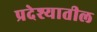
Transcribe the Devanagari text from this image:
प्रदेश्यातील